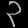
Digit: ၃